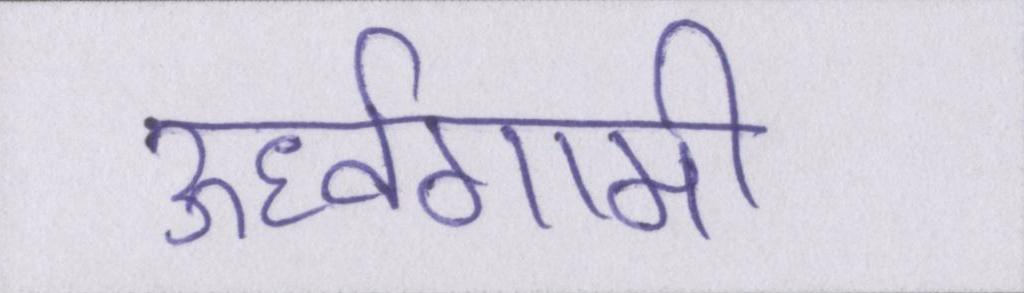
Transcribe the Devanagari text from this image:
ऊर्ध्वगामी